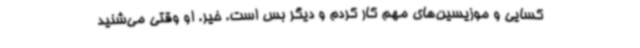
کسایی و موزیسین‌های مهم کار کردم و دیگر بس است. خیر. او وقتی می‌شنید